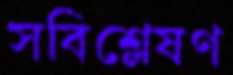
সবিশ্লেষণ